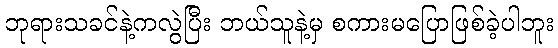
ဘုရားသခင်နဲ့ကလွဲပြီး ဘယ်သူနဲ့မှ စကားမပြောဖြစ်ခဲ့ပါဘူး